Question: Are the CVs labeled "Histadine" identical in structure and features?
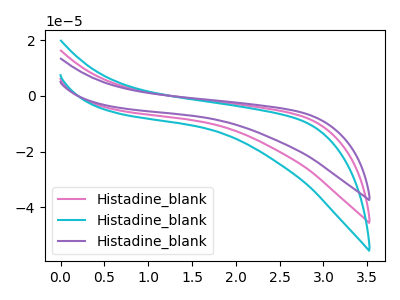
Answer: <think>The pink curve "Histadine_blank1" has no peaks. The cyan curve "Histadine_blank2" has no peaks. The purple curve "Histadine_blank3" has no peaks.
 Neither "Histadine_blank1" or "Histadine_blank2" have any peaks. Neither "Histadine_blank1" or "Histadine_blank3" have any peaks. Neither "Histadine_blank2" or "Histadine_blank3" have any peaks.</think>
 <answer>All the CV's of "Histadine" have similar shape.</answer>
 <eval>follow_rule</eval>